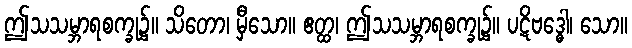
ဤသသမ္ဘာရစက္ခု၌။ သိတော၊ မှီသော။ ဧတ္ထ၊ ဤသသမ္ဘာရစက္ခု၌။ ပဋိဗဒ္ဓေါ၊ သော။